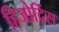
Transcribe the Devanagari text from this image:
हिजोर्दिस